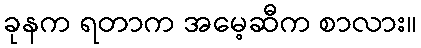
ခုနက ရတာက အမေ့ဆီက စာလား။